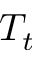
T _ { t }